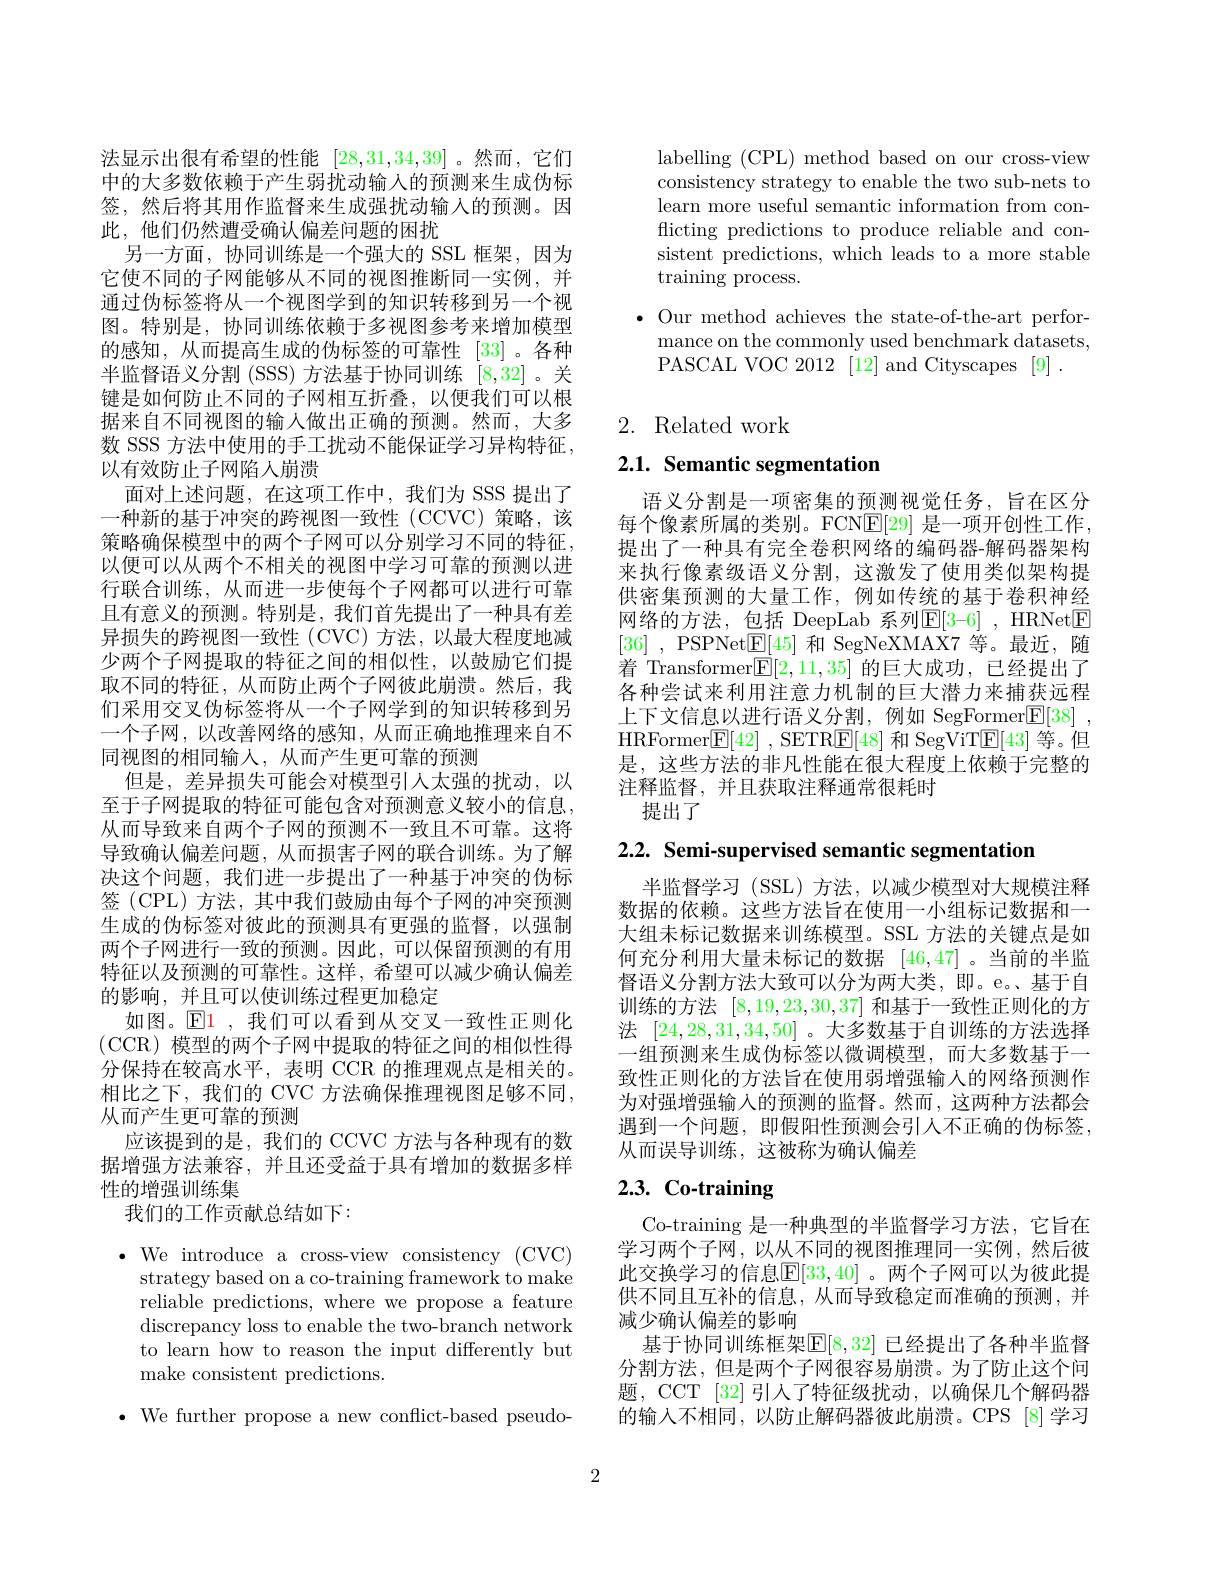
法显示出很有希望的性能[28,31,34,39] 。然而，它们中的大多数依赖于产生弱扰动输入的预测来生成伪标签，然后将其用作监督来生成强扰动输入的预测。因此，他们仍然遭受确认偏差问题的困扰
另一方面，协同训练是一个强大的 SSL 框架，因为它使不同的子网能够从不同的视图推断同一实例，并通过伪标签将从一个视图学到的知识转移到另一个视图。特别是，协同训练依赖于多视图参考来增加模型的感知，从而提高生成的伪标签的可靠性[33] 。各种半监督语义分割 (SSS) 方法基于协同训练[8,32] 。关键是如何防止不同的子网相互折叠，以便我们可以根据来自不同视图的输入做出正确的预测。然而，大多数 SSS 方法中使用的手工扰动不能保证学习异构特征， 以有效防止子网陷人崩溃
面对上述问题，在这项工作中，我们为 SSS 提出了一种新的基于冲突的跨视图一致性(CCVC)策略，该策略确保模型中的两个子网可以分别学习不同的特征， 以便可以从两个不相关的视图中学习可靠的预测以进行联合训练，从而进一步使每个子网都可以进行可靠且有意义的预测。特别是，我们首先提出了一种具有差异损失的跨视图一致性(CVC)方法，以最大程度地减少两个子网提取的特征之间的相似性，以鼓励它们提取不同的特征，从而防止两个子网彼此崩溃。然后，我们采用交叉伪标签将从一个子网学到的知识转移到另一个子网，以改善网络的感知，从而正确地推理来自不同视图的相同输入，从而产生更可靠的预测
但是，差异损失可能会对模型引人太强的扰动，以至于子网提取的特征可能包含对预测意义较小的信息， 从而导致来自两个子网的预测不一致且不可靠。这将导致确认偏差问题，从而损害子网的联合训练。为了解决这个问题，我们进一步提出了一种基于冲突的伪标签 (CPL) 方法，其中我们鼓励由每个子网的冲突预测生成的伪标签对彼此的预测具有更强的监督，以强制两个子网进行一致的预测。因此，可以保留预测的有用特征以及预测的可靠性。这样，希望可以减少确认偏差的影响，并且可以使训练过程更加稳定
如图。$\operatorname{El}$,我们可以看到从交叉一致性正则化(CCR) 模型的两个子网中提取的特征之间的相似性得分保持在较高水平，表明 CCR 的推理观点是相关的。相比之下，我们的 CVC 方法确保推理视图足够不同， 从而产生更可靠的预测
应该提到的是，我们的 CCVC 方法与各种现有的数据增强方法兼容，并且还受益于具有增加的数据多样性的增强训练集
我们的工作贡献总结如下：

$\cdot$We introduce a cross-view consistency (CVC)
strategy based on a co-training framework to make reliable predictions, where we propose a feature discrepancy loss to enable the two-branch network to learn how to reason the input differently but make consistent predictions.

$\bullet$ We further propose a new conflict-based pseudo-

labelling (CPL) method based on our cross-view consistency strategy to enable the two sub-nets to learn more useful semantic information from conflicting predictions to produce reliable and consistent predictions, which leads to a more stable training process.

$\bullet$ Our method achieves the state-of-the-art perfor-
mance on the commonly used benchmark datasets,
PASCAL VOC 2012 [12] and Cityscapes [9] .

## 2. Related work

2.1. Semantic segmentation

语义分割是一项密集的预测视觉任务，旨在区分每个像素所属的类别。FCN$\mathbb{E}[29]$是一项开创性工作， 提出了一种具有完全卷积网络的编码器-解码器架构来执行像素级语义分割，这激发了使用类似架构提供密集预测的大量工作，例如传统的基于卷积神经网络的方法，包括 DeepLab 系列$\boxed{\mathrm{E}[3-6]}$, HRNet$\boxed{\mathrm{F}}$ [36] , PSPNet$\mathbb{E}[45]$和 SegNeXMAX7 等。最近，随着 Transformer$\boxed{\mathrm{F}}[2,11,35]$的巨大成功，已经提出了各种尝试来利用注意力机制的巨大潜力来捕获远程上下文信息以进行语义分割，例如 SegFormer$\mathbb{E} [ 38]$ , HRFormer$\mathbb{E}[42]$ ,SETR$\mathbb{E}[48]$和 SegViT$\mathbb{E}[43]$等。但是，这些方法的非凡性能在很大程度上依赖于完整的注释监督，并且获取注释通常很耗时
提出了

2.2. Semi-supervised semantic segmentation

半监督学习 (SSL)方法，以减少模型对大规模注释数据的依赖。这些方法旨在使用一小组标记数据和一大组未标记数据来训练模型。SSL 方法的关键点是如何充分利用大量未标记的数据[46,47] 。当前的半监督语义分割方法大致可以分为两大类，即。e。基于自训练的方法[8,19,23,30,37]和基于一致性正则化的方法[24,28,31,34,50] 。大多数基于自训练的方法选择一组预测来生成伪标签以微调模型，而大多数基于一致性正则化的方法旨在使用弱增强输入的网络预测作为对强增强输入的预测的监督。然而，这两种方法都会遇到一个问题，即假阳性预测会引人不正确的伪标签， 从而误导训练，这被称为确认偏差

# 2.3. Co-training

Co-training 是一种典型的半监督学习方法，它旨在学习两个子网，以从不同的视图推理同一实例，然后彼此交换学习的信息$\mathbb{E}[33,40]$ 。两个子网可以为彼此提供不同且互补的信息，从而导致稳定而准确的预测，并减少确认偏差的影响
基于协同训练框架$\mathbb{E}[8,32]$ 已经提出了各种半监督分割方法，但是两个子网很容易崩溃。为了防止这个问题，CCT [32] 引人了特征级扰动，以确保几个解码器的输入不相同，以防止解码器彼此崩溃。CPS [8]学习

2